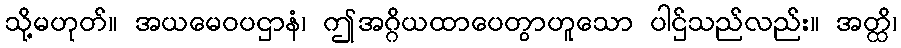
သို့မဟုတ်။ အယမေဝပဌာနံ၊ ဤအဂ္ဂိယထာပေတွာဟူသော ပါဌ်သည်လည်း။ အတ္ထိ၊